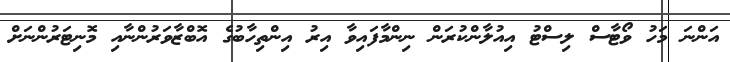
އަންނަ މަހު ވޯޓާސް ލިސްޓު އިއުލާންކުރަން ނިންމާފައިވާ އިރު އިންތިހާބުގެ އޮބްޒާވަރުންނާއި މޮނިޓަރުންނަށް